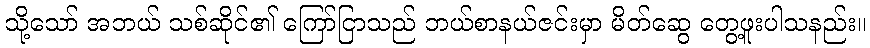
သို့သော် အဘယ် သစ်ဆိုင်၏ ကြော်ငြာသည် ဘယ်စာနယ်ဇင်းမှာ မိတ်ဆွေ တွေ့ဖူးပါသနည်း။